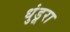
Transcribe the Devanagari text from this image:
धुंडूरा